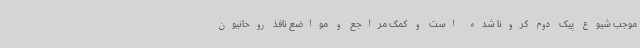
موجب شیوع پیک دوم کرونا شده است و کمک مراجع و مواضع نافذ روحانیون